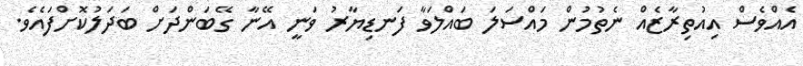
އެއްވެސް އިއުތިރާޒެއް ނެތުމުން މައްސަލަ ބައްލަވާ ފަނޑިޔާރު ވަނީ އޭނާ ގޭބަންދަށް ބަދަލުކޮށްފައެވެ.